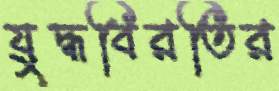
যুদ্ধবিরতির